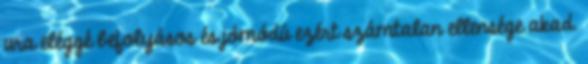
ura eléggé befolyásos és jómódú ezért számtalan ellensége akad.